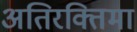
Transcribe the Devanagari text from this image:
अतिरक्तिमा